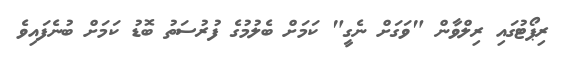
ރިޕޯޓުގައި ރިލްވާން "ވަގަށް ނެގީ" ކަމަށް ބެލުމުގެ ފުރުސަތު ބޮޑު ކަމަށް ބުނެފައިވެ